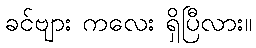
ခင်ဗျား ကလေး ရှိပြီလား။